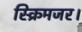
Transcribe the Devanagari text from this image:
स्क्रिमजर।